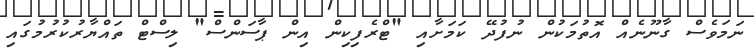
ނަމަވެސް ގާނޫނެއް އޮތުމަކުން ނުފުދޭ ކަމަށާއި "ޓްރެފިކިން އިން ޕާސަންސް" ލިސްޓް ތައްޔާރުކުރުމުގައި